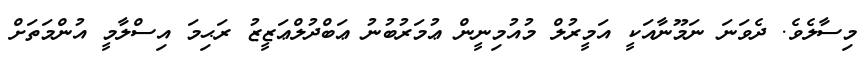
މިސާލެވެ. ދެވަނަ ނަމޫނާއަކީ އަމީރުލް މުއުމިނީން ޢުމަރުބުނު ޢަބްދުލްޢަޒީޒު ރަޙިމަ އިސްލާމީ އުންމަތަށް